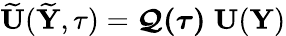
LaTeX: \widetilde{{\mathbf U}}(\widetilde{{\mathbf Y}},\tau)=\boldsymbol{\mathcal Q(\tau)}\; {\mathbf U}({\mathbf Y})